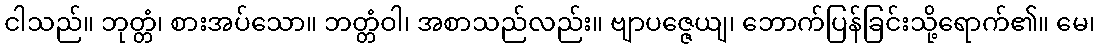
ငါသည်။ ဘုတ္တံ၊ စားအပ်သော။ ဘတ္တံဝါ၊ အစာသည်လည်း။ ဗျာပဇ္ဇေယျ၊ ဘောက်ပြန်ခြင်းသို့ရောက်၏။ မေ၊